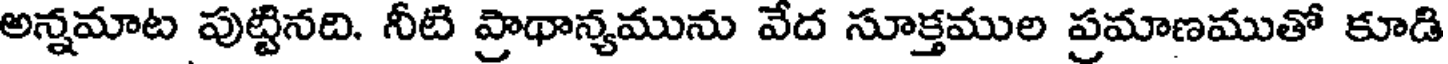
అన్నమాట పుట్టినది. నీటి ప్రాథాన్యమును వేద సూక్తముల ప్రమాణముతో కూడి